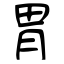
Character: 胃